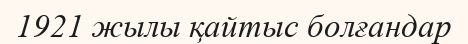
1921 жылы қайтыс болғандар